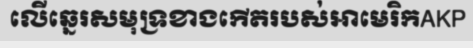
លើឆ្នេរសមុទ្រខាងកើតរបស់អាមេរិកAKP